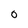
Character: 0